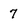
Character: 7